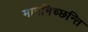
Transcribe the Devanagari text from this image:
मानमिच्छन्ति